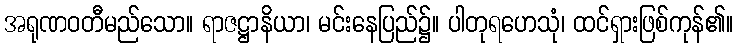
အရုဏဝတီမည်သော။ ရာဇဋ္ဌာနိယာ၊ မင်းနေပြည်၌။ ပါတုရဟေသုံ၊ ထင်ရှားဖြစ်ကုန်၏။